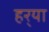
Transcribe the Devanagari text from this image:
हर्‍या